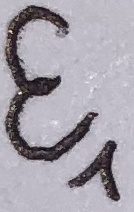
Text: E1